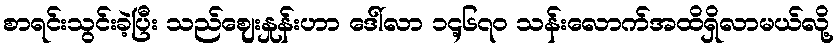
စာရင်းသွင်းခဲ့ပြီး သည်ဈေးနှုန်းဟာ ဒေါ်လာ ၁၄့၆၇၀ သန်းလောက်အထိရှိလာမယ်လို့